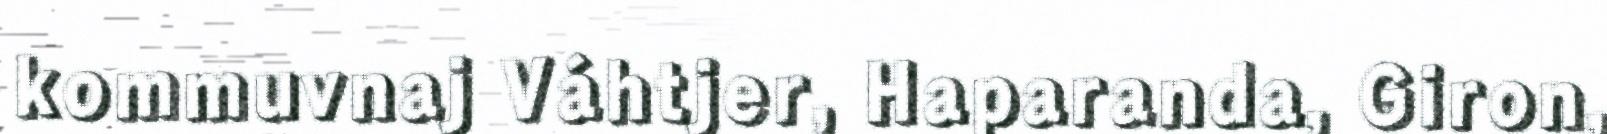
kommuvnaj Váhtjer, Haparanda, Giron,